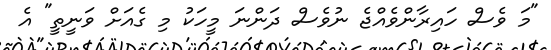
"މަ ވެސް ހައިރާންވެއްޖެ ނުވެސް ދަންނަ މީހަކު މި ގެއަށް ވަނީތީ" އެ